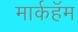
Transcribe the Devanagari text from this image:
मार्कहॅम